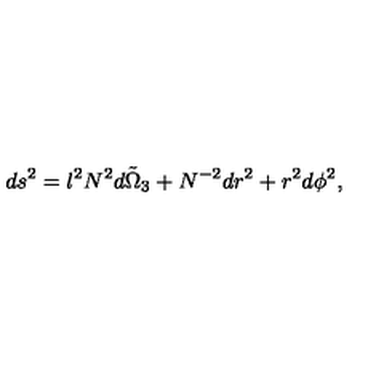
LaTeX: d s ^ { 2 } = l ^ { 2 } N ^ { 2 } \tilde { d \Omega _ { 3 } } + N ^ { - 2 } d r ^ { 2 } + r ^ { 2 } d \phi ^ { 2 } ,